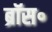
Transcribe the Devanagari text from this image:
ब्रॉस॰